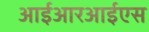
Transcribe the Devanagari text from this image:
आईआरआईएस